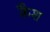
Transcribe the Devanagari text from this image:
क़ैश